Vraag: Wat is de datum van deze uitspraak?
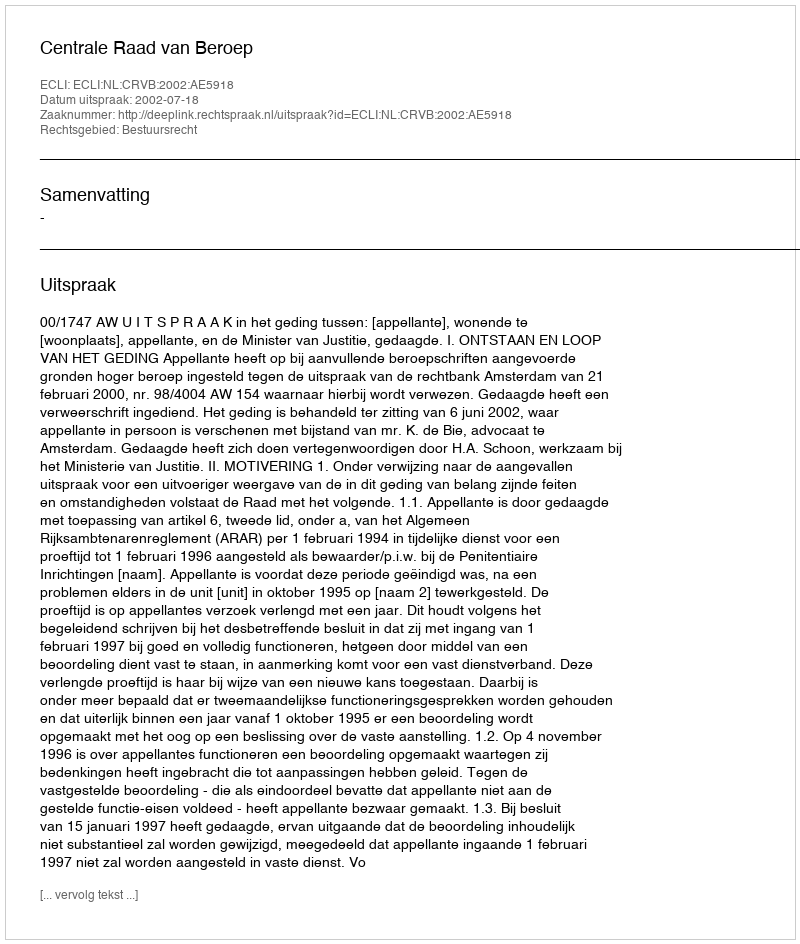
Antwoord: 2002-07-18